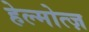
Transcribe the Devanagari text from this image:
हेल्मोत्ज़